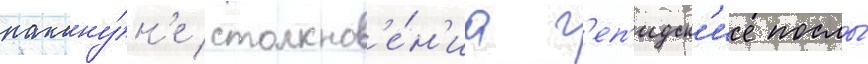
накану́н'е столкнов'е́н'иа г'еп'идск'ие послы́